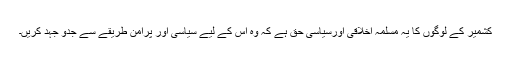
کشمیر کے لوگوں کا یہ مسلمہ اخلاقی اورسیاسی حق ہے کہ وہ اس کے لیے سیاسی اور پرامن طریقے سے جدو جہد کریں۔